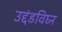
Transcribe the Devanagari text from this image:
उद्दंडविघ्न